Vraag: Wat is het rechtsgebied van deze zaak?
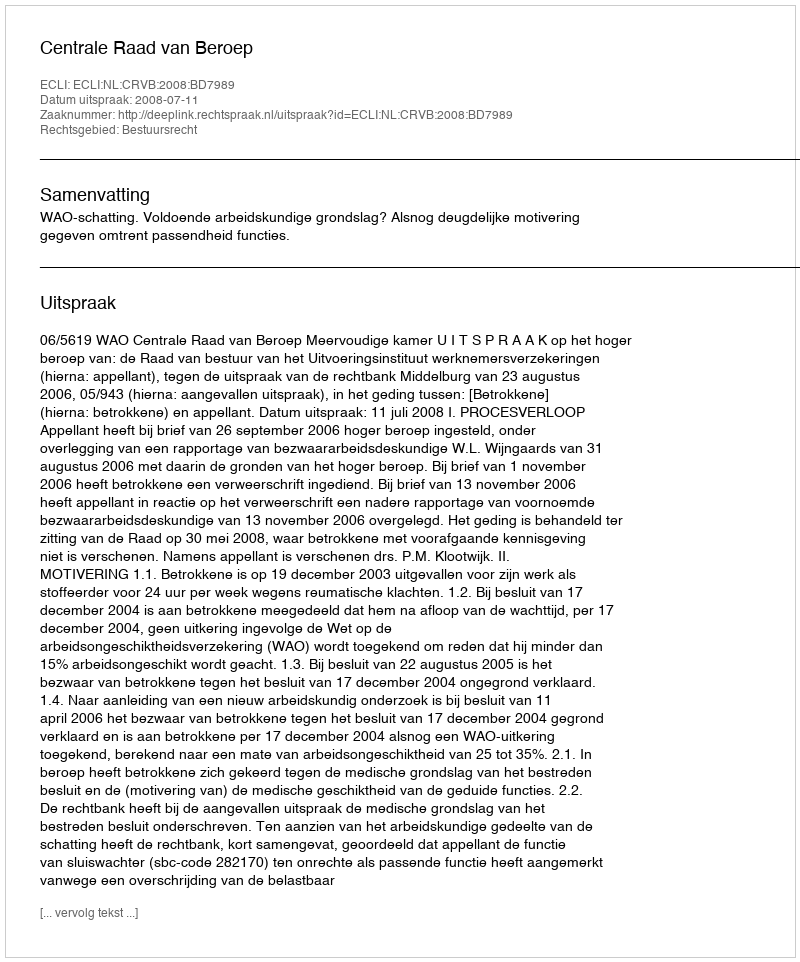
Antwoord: Bestuursrecht